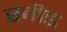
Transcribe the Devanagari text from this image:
स्वीड